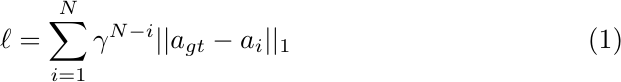
\begin{equation} \label{Loss Function}
    \centering
    \ell = \sum_{i=1}^{N} \gamma^{N-i}||a_{gt} - a_i||_1
\end{equation}